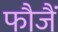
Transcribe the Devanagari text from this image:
फौजैं